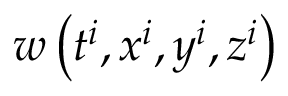
w \left( t ^ { i } , x ^ { i } , y ^ { i } , z ^ { i } \right)